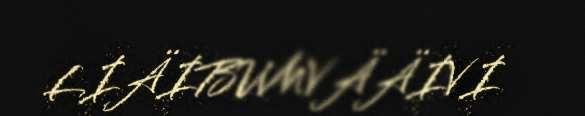
LIÄIBUMVÄÄIVI